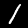
Label: 1